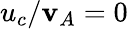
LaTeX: u_{c}/\mathbf{v}_{A}=0